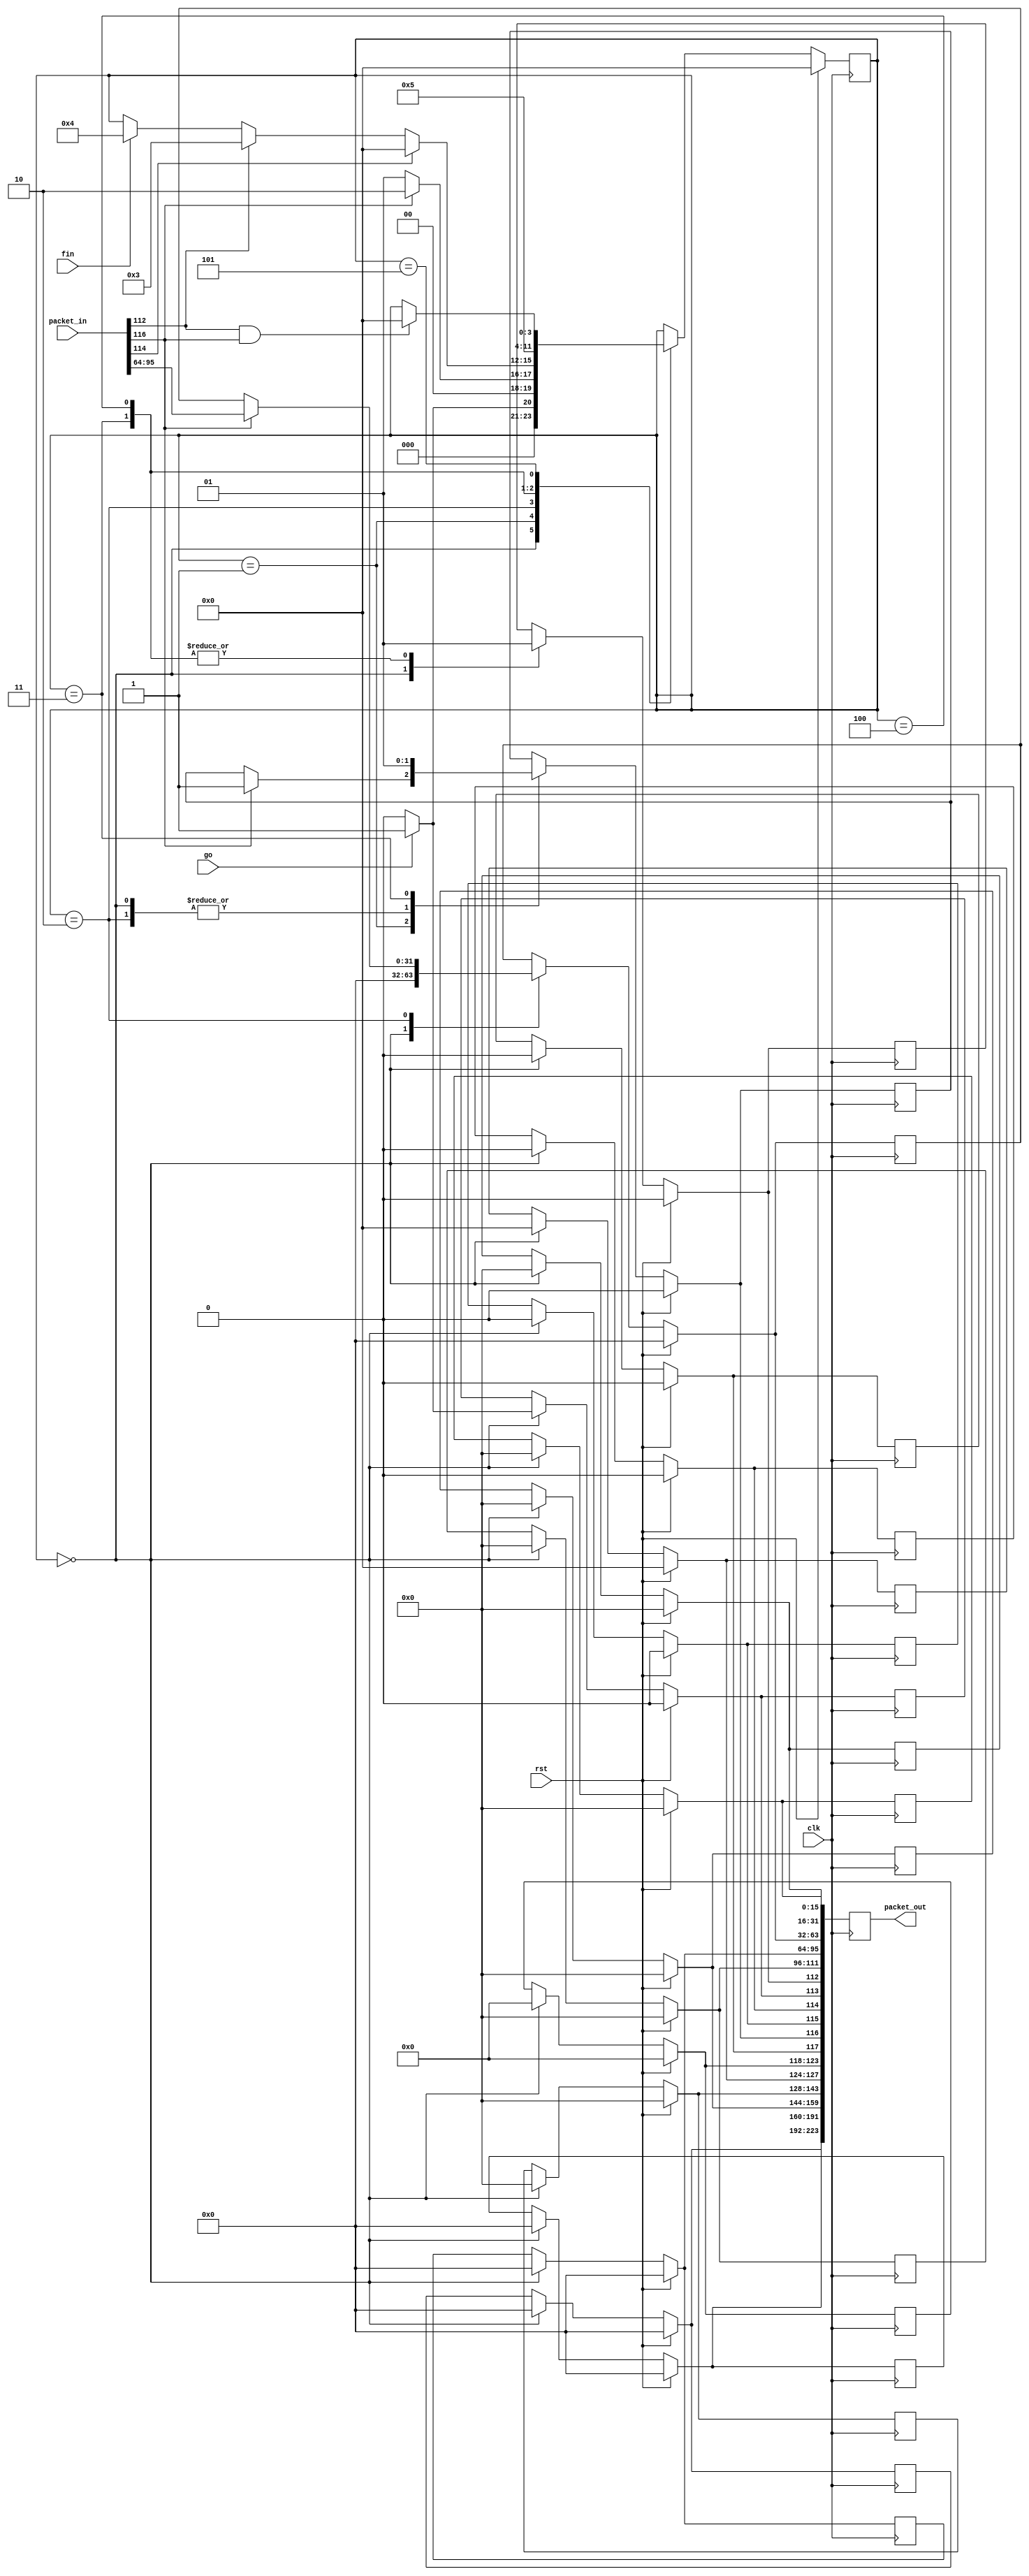
/****************************************************************************
 * Author:
 * Desciption: TCP Client Controller
 ****************************************************************************/

 module tcp_client (
                    //INPUT
                    input clk,
                    input rst,
                    input[223:0] packet_in,
                    input go,
                    input fin,
                    //OUTPUT
                    output reg[223:0] packet_out);

    /* State Definitions */
    localparam
        START         = 4'b0000,
        ACK_RCVD      = 4'b0001,
        ESTABLISHED   = 4'b0010,
        FIN_ACK_SEND  = 4'b0011,
        FIN_SEND      = 4'b0100,
        FIN_ACK_LISTEN= 4'b0101,
        STATE_06      = 4'b0110,
        STATE_07      = 4'b0111,
        STATE_08      = 4'b1000,
        STATE_09      = 4'b1001,
        STATE_10      = 4'b1010,
        STATE_11      = 4'b1011,
        STATE_12      = 4'b1100,
        STATE_13      = 4'b1101,
        STATE_14      = 4'b1110,
        STATE_15      = 4'b1111;

    /* Variable List */
    reg[3:0] state;

    /* Packet Address Locations */
    localparam
        TCP_DEST_PORT_ADDR  = 15,  /* WORD 0: 15-0    */
        TCP_SRC_PORT_ADDR   = 31,  /* WORD 0: 31-16   */
        TCP_SEQ_NUM         = 63,  /* WORD 1: 63-32   */
        TCP_ACK_NUM         = 95,  /* WORD 2: 95-64   */
        TCP_WINDOW_SIZE     = 111, /* WORD 3: 111-96  */
        TCP_FIN             = 112, /* WORD 3: 112     */
        TCP_SYN             = 113, /* WORD 3: 113     */
        TCP_RST             = 114, /* WORD 3: 114     */
        TCP_PSH             = 115, /* WORD 3: 115     */
        TCP_ACK             = 116, /* WORD 3: 116     */
        TCP_URG             = 117, /* WORD 3: 117     */
        TCP_RESERVED_BITS   = 123, /* WORD 3: 123-118 */
        TCP_HEADER_LEN      = 127, /* WORD 3: 127-124 */
        TCP_URGENT_POINTER  = 143, /* WORD 4: 143-128 */
        TCP_CHECKSUM        = 159, /* WORD 4: 159-144 */
        TCP_OPTIONS         = 191, /* WORD 5: 191-160 */
        TCP_DATA            = 223; /* WORD 6: 223-192 */

    /* Input Packet */
    reg[15:0] in_dest_port;
    reg[15:0] in_src_port;
    reg[31:0] in_seq_num;
    reg[31:0] in_ack_num;
    reg[15:0] in_window_size;
    reg in_fin;
    reg in_syn;
    reg in_rst;
    reg in_psh;
    reg in_ack;
    reg in_urg;
    reg[5:0] in_reserved_bits;
    reg[3:0] in_header_len;
    reg[15:0] in_urgent_pointer;
    reg[15:0] in_checksum;
    reg[31:0] in_options;
    reg[31:0] in_data;

    /* Output Packet */
    reg[15:0] out_dest_port;
    reg[15:0] out_src_port;
    reg[31:0] out_seq_num;
    reg[31:0] out_ack_num;
    reg[15:0] out_window_size;
    reg out_fin;
    reg out_syn;
    reg out_rst;
    reg out_psh;
    reg out_ack;
    reg out_urg;
    reg[5:0] out_reserved_bits;
    reg[3:0] out_header_len;
    reg[15:0] out_urgent_pointer;
    reg[15:0] out_checksum;
    reg[31:0] out_options;
    reg[31:0] out_data;


    /* State Machine */
    always @ (posedge clk) 
    begin

    /* Grabbing the Input TCP Packet and setting the output TCP Packet 
     * should happen regardless of rst. Set outside of if rst else */

    /* Step 1: Grab input packet and decode signals coming from Sever */
    in_dest_port        = packet_in[TCP_DEST_PORT_ADDR:0];
    in_src_port         = packet_in[TCP_SRC_PORT_ADDR:TCP_DEST_PORT_ADDR+1];
    in_seq_num          = packet_in[TCP_SEQ_NUM:TCP_SRC_PORT_ADDR+1];
    in_ack_num          = packet_in[TCP_ACK_NUM:TCP_SEQ_NUM+1];
    in_window_size      = packet_in[TCP_WINDOW_SIZE:TCP_ACK_NUM+1];
    in_fin              = packet_in[TCP_FIN];
    in_syn              = packet_in[TCP_SYN];
    in_rst              = packet_in[TCP_RST];
    in_psh              = packet_in[TCP_PSH];
    in_ack              = packet_in[TCP_ACK];
    in_urg              = packet_in[TCP_URG];
    in_reserved_bits    = packet_in[TCP_RESERVED_BITS:TCP_URG+1];
    in_header_len       = packet_in[TCP_HEADER_LEN:TCP_RESERVED_BITS+1];
    in_urgent_pointer   = packet_in[TCP_URGENT_POINTER:TCP_HEADER_LEN+1];
    in_checksum         = packet_in[TCP_CHECKSUM:TCP_URGENT_POINTER+1];
    in_options          = packet_in[TCP_OPTIONS:TCP_CHECKSUM+1];
    in_data             = packet_in[TCP_DATA:TCP_OPTIONS+1]; 

    /* Step 2: Assign default values for output packet to Server
    packet_out[TCP_DEST_PORT_ADDR:0]                    = {16{1'b1}};
    packet_out[TCP_SRC_PORT_ADDR:TCP_DEST_PORT_ADDR+1]  = {16{1'b1}};
    packet_out[TCP_SEQ_NUM:TCP_SRC_PORT_ADDR+1]         = {32{1'b1}};
    packet_out[TCP_ACK_NUM:TCP_SEQ_NUM+1]               = {32{1'b1}};
    packet_out[TCP_WINDOW_SIZE:TCP_ACK_NUM+1]           = {16{1'b1}};
    packet_out[TCP_FIN]                                 = 1'b1;
    packet_out[TCP_SYN]                                 = 1'b1;
    packet_out[TCP_RST]                                 = 1'b1;
    packet_out[TCP_PSH]                                 = 1'b1;
    packet_out[TCP_ACK]                                 = 1'b1;
    packet_out[TCP_URG]                                 = 1'b1;
    packet_out[TCP_RESERVED_BITS:TCP_URG+1]             = {6{1'b1}};
    packet_out[TCP_HEADER_LEN:TCP_RESERVED_BITS+1]      = {4{1'b1}};
    packet_out[TCP_URGENT_POINTER:TCP_HEADER_LEN+1]     = {16{1'b1}};
    packet_out[TCP_CHECKSUM:TCP_URGENT_POINTER+1]       = {16{1'b1}};
    packet_out[TCP_OPTIONS:TCP_CHECKSUM+1]              = {32{1'b1}};
    packet_out[TCP_DATA:TCP_OPTIONS+1]                  = {32{1'b1}}; */

    /* Step 3: Determine the next state and override any TCP output bits */
    /* Hard reset */
    if (rst)    
      begin
      state <= START;
      
      //clear ouput registers
            out_dest_port      = {16{1'b0}};
            out_src_port       = {16{1'b0}};
            out_seq_num        = {32{1'b0}};
            out_ack_num        = {32{1'b0}};
            out_window_size    = {16{1'b0}};
            out_fin            = 1'b0;
            out_syn            = 1'b0;
            out_rst            = 1'b0;
            out_psh            = 1'b0;
            out_ack            = 1'b0;
            out_urg            = 1'b0;
            out_reserved_bits  = {6{1'b0}};
            out_header_len     = {4{1'b0}};
            out_urgent_pointer = {16{1'b0}};
            out_checksum       = {16{1'b0}};
            out_options        = {32{1'b0}};
            out_data           = {32{1'b0}};
      end
    else
      begin

      /* Finite State Machine */
      case(state)

      /* Await input from user */
        START : 
            begin
            //clear ouput registers
            out_dest_port      = {16{1'b0}};
            out_src_port       = {16{1'b0}};
            out_seq_num        = {32{1'b0}};
            out_ack_num        = {32{1'b0}};
            out_window_size    = {16{1'b0}};
            out_fin            = 1'b0;
            out_syn            = 1'b0;
            out_rst            = 1'b0;
            out_psh            = 1'b0;
            out_ack            = 1'b0;
            out_urg            = 1'b0;
            out_reserved_bits  = {6{1'b0}};
            out_header_len     = {4{1'b0}};
            out_urgent_pointer = {16{1'b0}};
            out_checksum       = {16{1'b0}};
            out_options        = {32{1'b0}};
            out_data           = {32{1'b0}};
            //Send syn message
            if (go)
                begin
                out_syn = 1'b1; /* Yes, then go next state */
                state = ACK_RCVD; /* Yes, then go next state */
                end
            else
                state = START; /* No, then keep listening */
            end
        
        ACK_RCVD : 
            begin
            /* Did we receive ACK from client? */
            if (in_ack)
                begin
                state = ESTABLISHED; /* Yes, go to establish and share data */
                out_ack = 1;
                end
            else
                state = ACK_RCVD; /* No, keep waiting for ack from client */
            end
        
        /* Connection made Server and Client */
        ESTABLISHED : 
            /* This is where we share data */
            begin
            //clear ack in case of server reset
            out_ack = 0;
            
            //send seq number to SERVER
            if  (packet_in[TCP_ACK]== 1)
            out_seq_num = packet_in[TCP_ACK_NUM:TCP_SEQ_NUM+1];            
    
    
             if (packet_in[TCP_RST])//Reset Client if the Server sends a reset
            state = START; /* No, go back and listen */           
            else if(in_fin)
            state = FIN_ACK_SEND;   /* Yes, go and send the FIN/ACK to server */
            /* Decide what variable will end the connection */
            else if(fin)
            begin
            state = FIN_SEND;
            end

            
            end
        
        /* Send the FIN and ACK to server */
        FIN_ACK_SEND:
            begin
            out_fin = 1;    /* FIN Flag */
            out_ack = 1;    /* ACK Flag */
            state = START; /* Go back to Listening */
            end

        /* Terminate connection between Client and Server */
        FIN_SEND :
            begin
            out_fin = 1;
            state = FIN_ACK_LISTEN;
            end

        /* Await FIN/ACK from the Server */
        FIN_ACK_LISTEN:
            begin
            
            if(in_fin && in_ack)
            state = START;
            end



      endcase
      end
    packet_out[TCP_DEST_PORT_ADDR:0]                    = out_dest_port;
    packet_out[TCP_SRC_PORT_ADDR:TCP_DEST_PORT_ADDR+1]  = out_src_port;
    packet_out[TCP_SEQ_NUM:TCP_SRC_PORT_ADDR+1]         = out_seq_num;
    packet_out[TCP_ACK_NUM:TCP_SEQ_NUM+1]               = out_ack_num;
    packet_out[TCP_WINDOW_SIZE:TCP_ACK_NUM+1]           = out_window_size;
    packet_out[TCP_FIN]                                 = out_fin;
    packet_out[TCP_SYN]                                 = out_syn;
    packet_out[TCP_RST]                                 = out_rst;
    packet_out[TCP_PSH]                                 = out_psh;
    packet_out[TCP_ACK]                                 = out_ack;
    packet_out[TCP_URG]                                 = out_urg;
    packet_out[TCP_RESERVED_BITS:TCP_URG+1]             = out_reserved_bits;
    packet_out[TCP_HEADER_LEN:TCP_RESERVED_BITS+1]      = out_header_len;
    packet_out[TCP_URGENT_POINTER:TCP_HEADER_LEN+1]     = out_urgent_pointer;
    packet_out[TCP_CHECKSUM:TCP_URGENT_POINTER+1]       = out_checksum;
    packet_out[TCP_OPTIONS:TCP_CHECKSUM+1]              = out_options;
    packet_out[TCP_DATA:TCP_OPTIONS+1]                  = out_data;    
      
      
    end


 endmodule